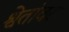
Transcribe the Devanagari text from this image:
श्वेतांवर